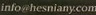
info@hesniany.com